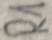
Text: R1